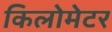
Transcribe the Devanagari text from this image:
किलोमेटर